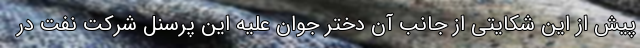
پیش از این شکایتی از جانب آن دختر جوان علیه این پرسنل شرکت نفت در